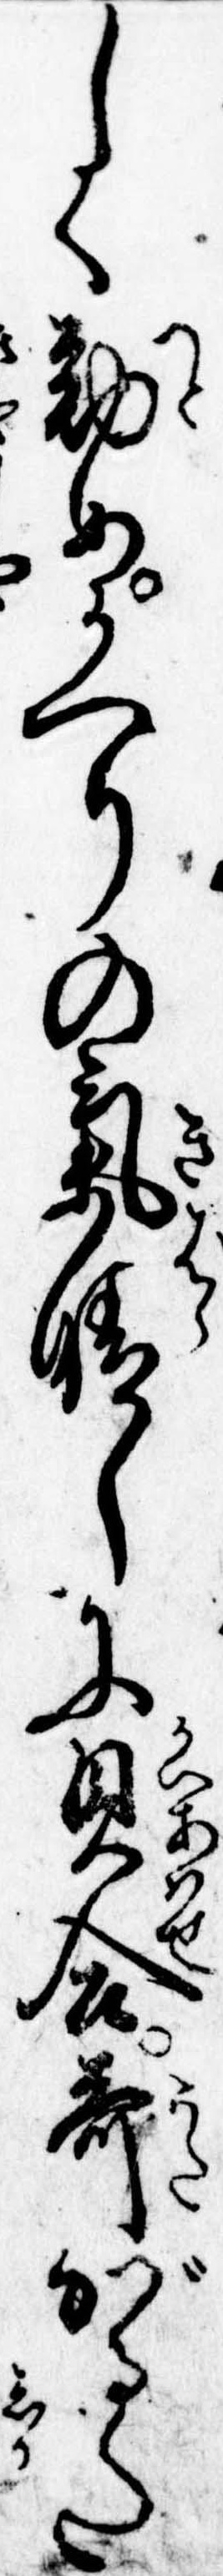
しく勤めかへりの気晴しに貝合歌がるた